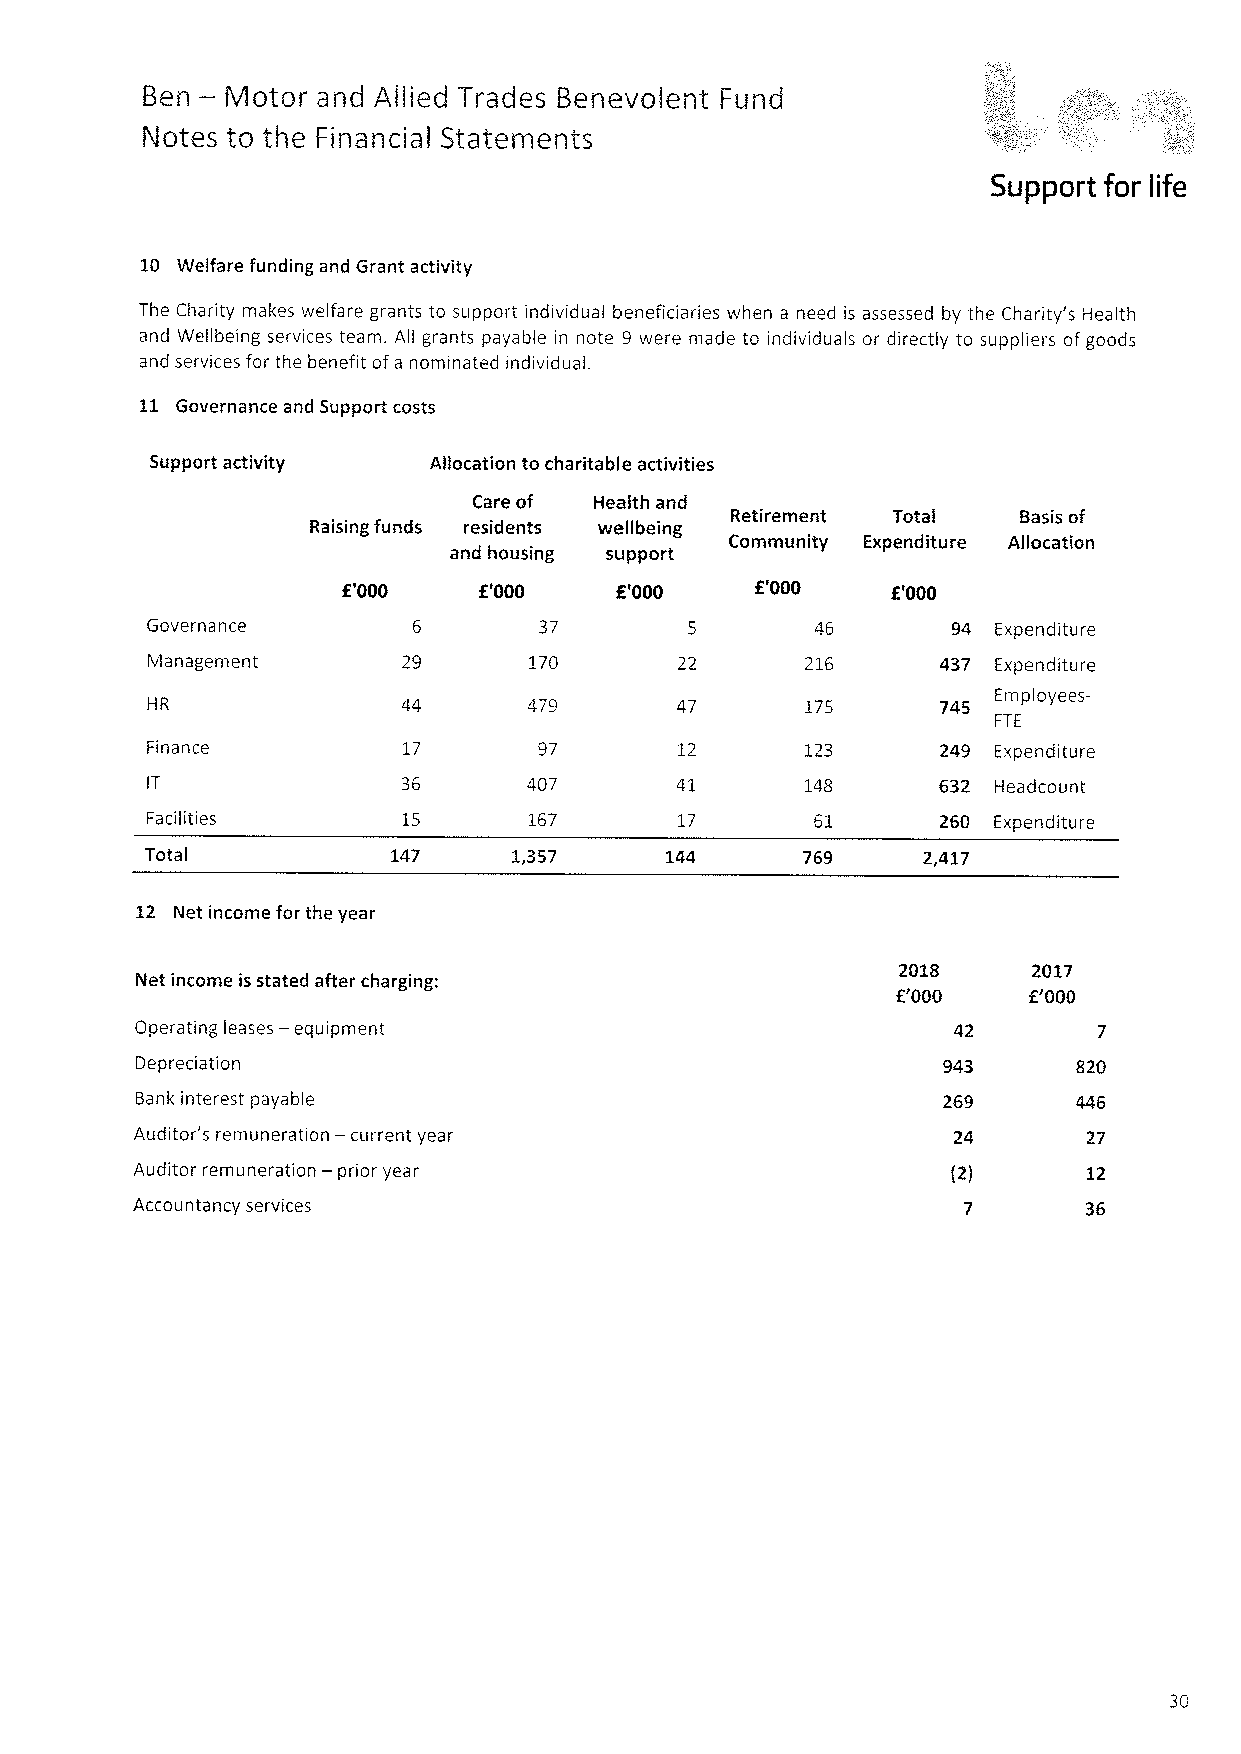
—
 Ben   Motor and Allied Trades Benevolent FUnd
 Notes to the Financial Statements
 Support for life
 10 Welfare funding and Grant activity
 The Charity makes welfare grants to support individual beneficiaries when a need is assessed by the Charity's Health
 and Wellbeing services team. All grants payable in note 9 were made to individuals or directly to suppliers of goods
 and services for the benefit ofa nominated individual.
 11 Governance and Support costs
 Support activity  Allocation to charitable activities
 Care of Health and
 Retirement Totai   Basis of
 Raising funds residents wellbeing
 Community Expenditure Allocation
 and housing support
 E'000    f'000    E'000    K'000    E'000
 Governance                37                46       94 Expenditure
 Management       29      170       22      216      437 Expenditure
 HR                                 47      175      745
 EmpIayees-
 FTE
 Finance          17       97       12      123      249 Expenditure
 36      407       41               632 Headcount
 Facilities       15      167       17       61      260 Expenditure
 Total           147     1,357     144      769     2,417
 12 Net income for the year
 2018     2017
 Net income is stated after charging:
 E'000    f.'000
 Operating leases — equipment                          42
 Depreciation                                         943      820
 Bank interest payable
 Auditor's remuneration —current year                           27
 Auditor remuneration — prior year                     (2)      12
 Accountancy services